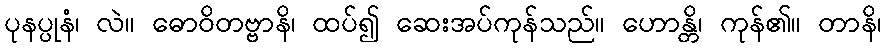
ပုနပ္ပုနံ၊ လဲ။ ဓောဝိတဗ္ဗာနိ၊ ထပ်၍ ဆေးအပ်ကုန်သည်။ ဟောန္တိ၊ ကုန်၏။ တာနိ၊